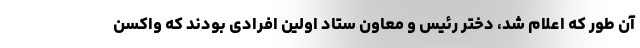
آن طور که اعلام شد، دختر رئیس و معاون ستاد اولین افرادی بودند که واکسن